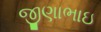
જીણાભાઇ